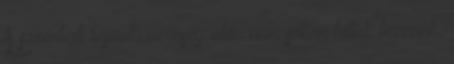
A szombati bajnoki vereség után nem sokan hittek bennünk,